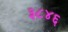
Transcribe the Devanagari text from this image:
३८४६